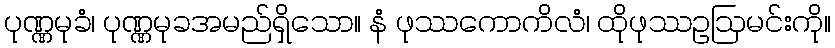
ပုဏ္ဏမုခံ၊ ပုဏ္ဏမုခအမည်ရှိသော။ နံ ဖုဿကောကိလံ၊ ထိုဖုဿဥဩမင်းကို။